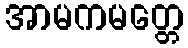
အာမကမတ္တေ